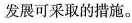
发展可采取的措施。